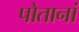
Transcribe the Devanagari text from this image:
पोतानां